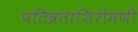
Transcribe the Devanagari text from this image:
पतिव्रताशिरोमणी